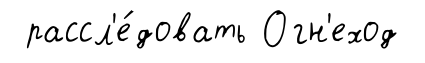
рассл'е́довать Огн'еход